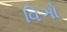
વિઞો